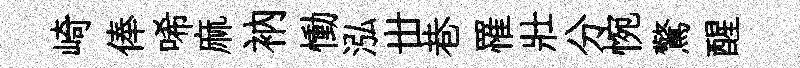
崎俸唏麻衲慟泓丗巷罹壯分惋驚醒